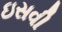
ઇસવી